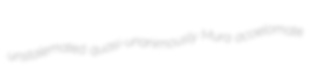
unstalemated quasi-unanimously Mura acoelomate